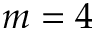
m = 4